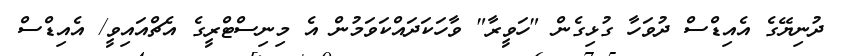
ދުނިޔޭގެ އެއިޑްސް ދުވަހާ ގުޅިގެން "ހަވީރާ" ވާހަކަދައްކަވަމުން އެ މިނިސްޓްރީގެ އެޗްއައިވީ/ އެއިޑްސް